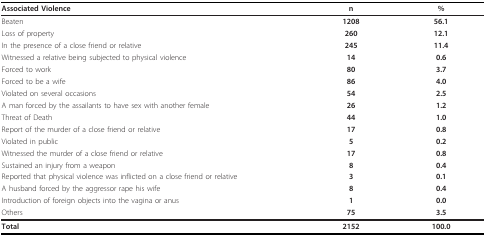
| Associated Violence | n | % |
 | --- | --- | --- |
 | Beaten | 1208 | 56.1 |
 | Loss of property | 260 | 12.1 |
 | In the presence of a close friend or relative | 245 | 11.4 |
 | Witnessed a relative being subjected to physical violence | 14 | 0.6 |
 | Forced to work | 80 | 3.7 |
 | Forced to be a wife | 86 | 4.0 |
 | Violated on several occasions | 54 | 2.5 |
 | A man forced by the assailants to have sex with another female | 26 | 1.2 |
 | Threat of Death | 44 | 1.0 |
 | Report of the murder of a close friend or relative | 17 | 0.8 |
 | Violated in public | 5 | 0.2 |
 | Witnessed the murder of a close friend or relative | 17 | 0.8 |
 | Sustained an injury from a weapon | 8 | 0.4 |
 | Reported that physical violence was inflicted on a close friend or relative | 3 | 0.1 |
 | A husband forced by the aggressor rape his wife | 8 | 0.4 |
 | Introduction of foreign objects into the vagina or anus | 1 | 0.0 |
 | Others | 75 | 3.5 |
 | Total | 2152 | 100.0 |